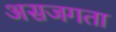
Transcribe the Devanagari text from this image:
असजगता